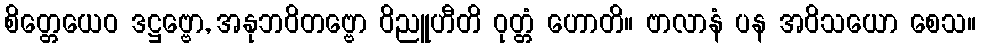
စိတ္တေယေဝ ဒဋ္ဌဗ္ဗော, အနုဘဝိတဗ္ဗော ဝိညူဟီတိ ဝုတ္တံ ဟောတိ။ ဗာလာနံ ပန အဝိသယော စေသ။